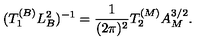
( T _ { 1 } ^ { ( B ) } L _ { B } ^ { 2 } ) ^ { - 1 } = { \frac { 1 } { ( 2 \pi ) ^ { 2 } } } T _ { 2 } ^ { ( M ) } A _ { M } ^ { 3 / 2 } .